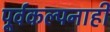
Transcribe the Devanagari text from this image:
पूर्वकल्पनाही